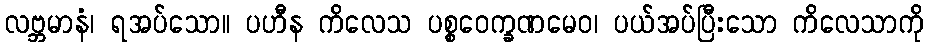
လဗ္ဘမာနံ၊ ရအပ်သော။ ပဟီန ကိလေသ ပစ္စဝေက္ခဏမေဝ၊ ပယ်အပ်ပြီးသော ကိလေသာကို